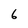
Character: 6